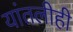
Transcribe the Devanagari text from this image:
यांतलीही